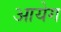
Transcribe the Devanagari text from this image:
आयेग